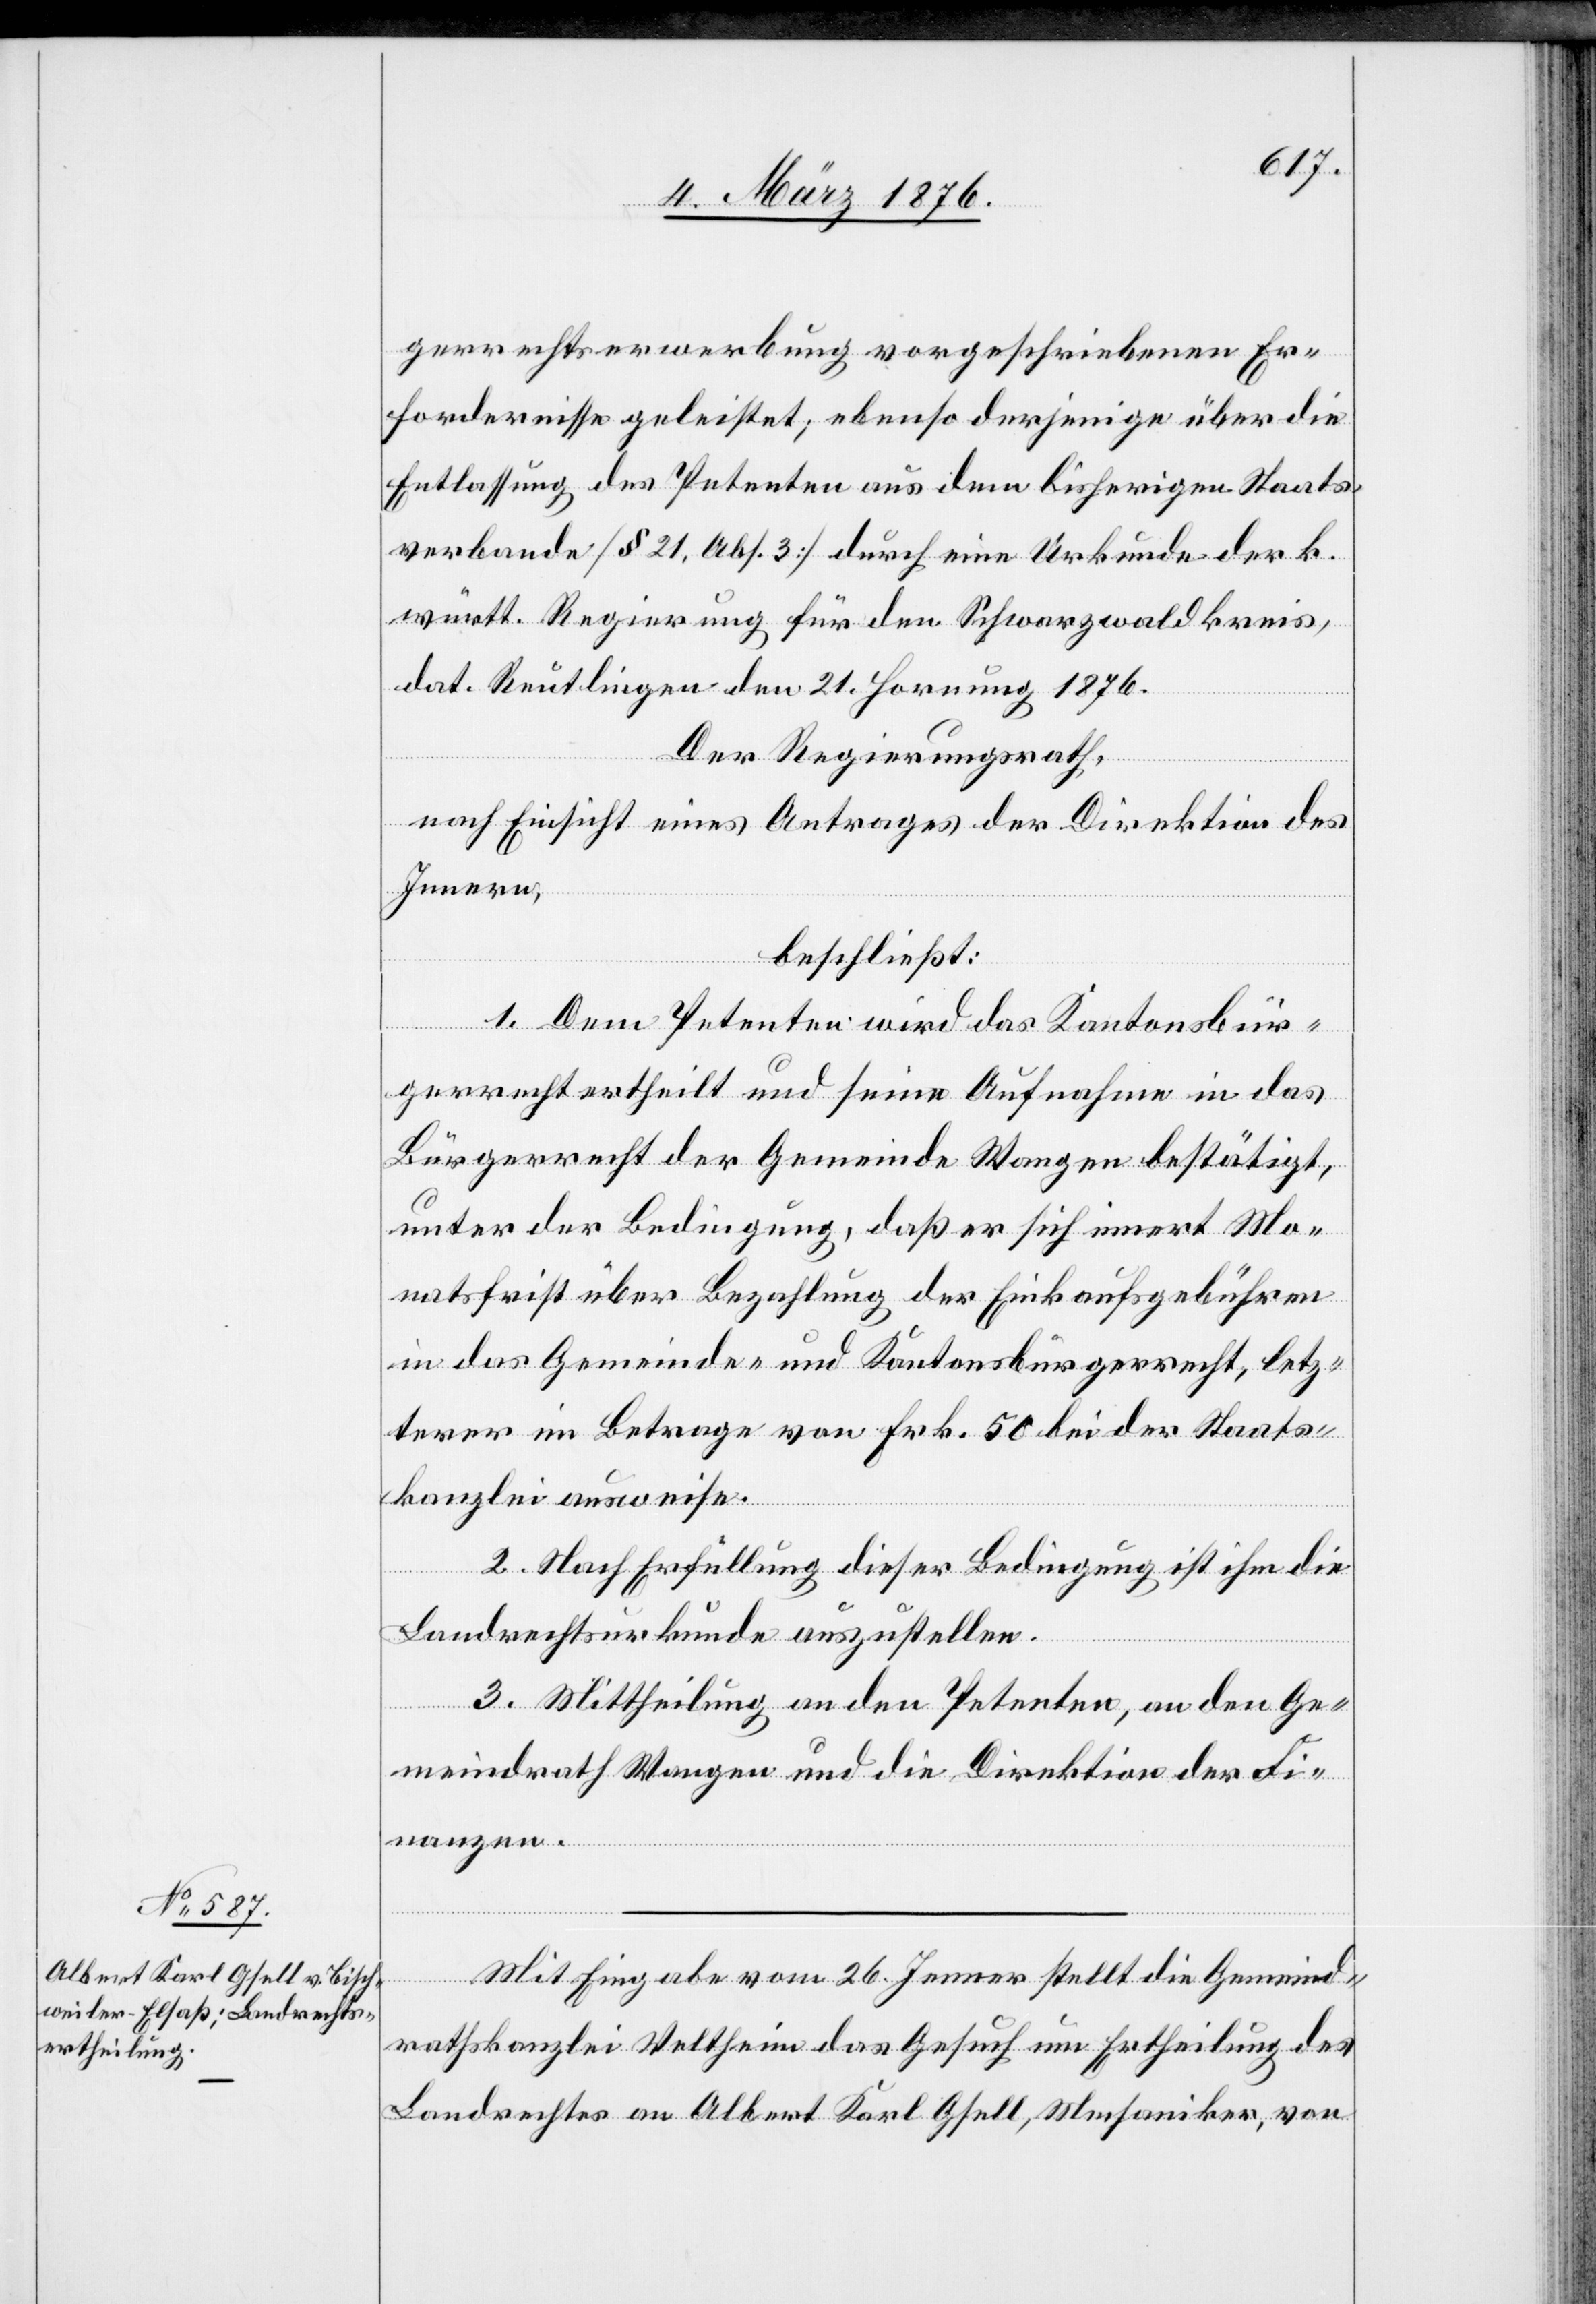
gerrechtserwerbung vorgeschriebenen Er¬
fordernisse geleistet; ebenso derjenige über die
Entlassung des Petenten aus dem bisherigen Staats¬
verbande [§ 21, Abs. 3] durch eine Urkunde der k.
württ. Regierung für den Schwarzwaldkreis,
dat. Reutlingen den 21. Hornung 1876.
Der Regierungsrath,
nach Einsicht eines Antrages der Direktion des
Innern,
beschließt:
1. Dem Petenten wird das Kantonsbür¬
gerrecht ertheilt und seine Aufnahme in das
Bürgerrecht der Gemeinde Wangen bestätigt,
unter der Bedingung, daß er sich innert Mo¬
natsfrist über Bezahlung der Einkaufsgebühren
in das Gemeinde- und Kantonsbürgerrecht, letz¬
terer im Betrage von Frk. 50 bei der Staats¬
kanzlei ausweise.
2. Nach Erfüllung dieser Bedingung ist ihm die
Landrechtsurkunde auszustellen.
3. Mittheilung an den Petenten, an den Ge¬
meindrath Wangen und die Direktion der Fi¬
nanzen.
Mit Eingabe vom 26. Jenner stellt die Gemeind¬
rathskanzlei Veltheim das Gesuch um Ertheilung des
Landrechtes an Albert Karl Gsell, Mechaniker, von